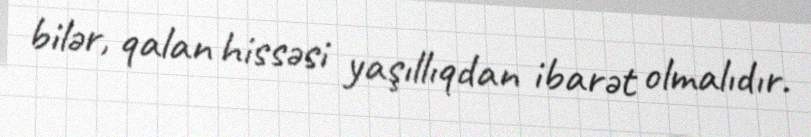
bilər, qalan hissəsi yaşıllıqdan ibarət olmalıdır.